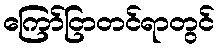
ကြော်ငြာတင်ရာတွင်